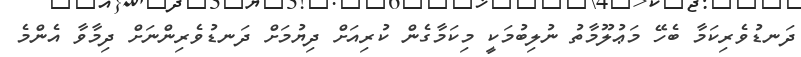
ދަނޑުވެރިކަމާ ބެހޭ މަޢުލޫމާތު ނުލިބުމަކީ މިކަމާގެން ކުރިއަށް ދިޔުމަށް ދަނޑުވެރިންނަށް ދިމާވާ އެންމެ